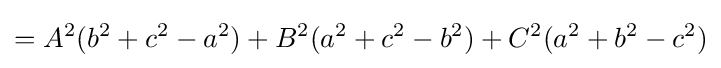
=A^{2}(b^{2}+c^{2}-a^{2})+B^{2}(a^{2}+c^{2}-b^{2})+C^{2}(a^{2}+b^{2}-c^{2})